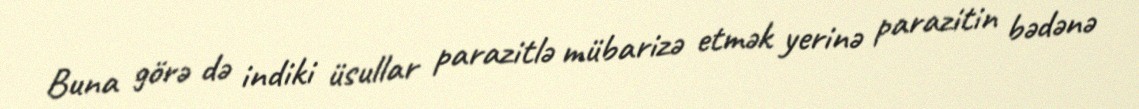
Buna görə də indiki üsullar parazitlə mübarizə etmək yerinə parazitin bədənə